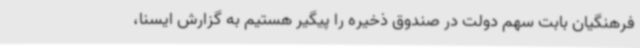
فرهنگیان بابت سهم دولت در صندوق ذخیره را پیگیر هستیم به گزارش ایسنا،